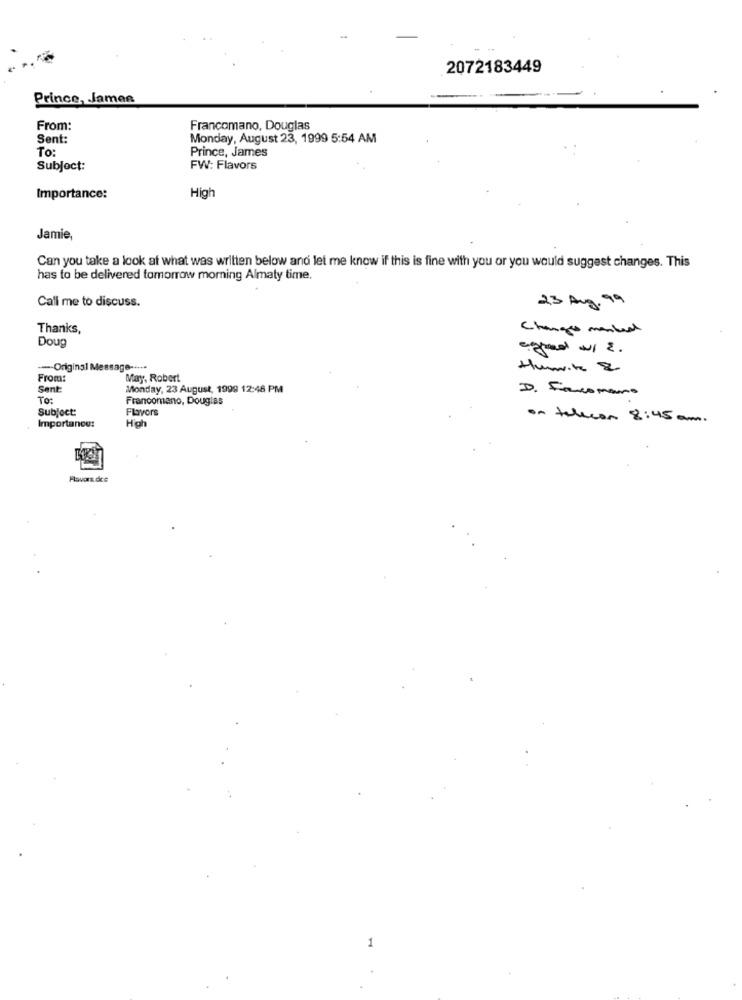
2072183449
Prince, James
From:
Francomano, Douglas
Sent:
Monday, August 23, 1999 5:54 AM
To:
Prince, James
Subject:
FW: Flavors
Importance:
High
Jamie,
Can you take a look at what was written below and let me know if this is fine with you or you would suggest changes. This
has to be delivered tomorrow morning Almaty time.
Call me to discuss.
23 Aug.99
Thanks,
Change marked
Doug
equal w/ 2 .
--- Original Message -····
Humita &
From:
May, Robert
Sent
Monday, 23 August, 1999 12:48 PM
D. Foronano
To:
Francomano, Douglas
Subject:
Flavors
High
on telecon 8:45 am.
Importance:
Flavors dce
1